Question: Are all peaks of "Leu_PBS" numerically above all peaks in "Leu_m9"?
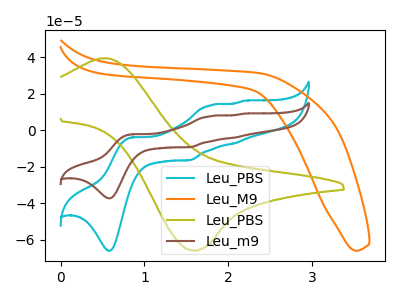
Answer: <think>The cyan curve "Leu_PBS" has anodic peaks at (0.85V, -3.90uA) (1.80V, 13.75uA) (2.10V, -7.15uA) (2.20V, 16.15uA) and cathodic peaks at (0.60V, -66.00uA) (1.55V, -16.40uA). The orange curve "Leu_M9" has no peaks. The olive curve "Leu_PBS" has an anodic peak at (0.60V, 39.30uA) and a cathodic peak at (1.60V, -66.00uA). The brown curve "Leu_m9" has anodic peaks at (0.85V, -2.20uA) (1.80V, 7.75uA) (2.10V, -4.05uA) (2.20V, 9.10uA) and cathodic peaks at (0.60V, -37.25uA) (1.55V, -9.25uA).</think>
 <answer>The peaks in "Leu_PBS" are neither all higher or all lower than the peaks in "Leu_m9".</answer>
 <eval>mixed</eval>